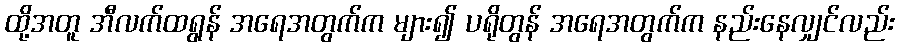
ထို့အတူ အီလက်ထရွန် အရေအတွက်က များ၍ ပရိုတွန် အရေအတွက်က နည်းနေလျှင်လည်း